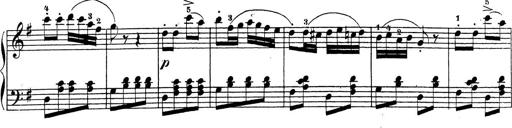
Title: 4 Sonatinas
Composer: Jacob Schmitt